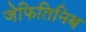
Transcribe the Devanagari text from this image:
जेफितिनिब